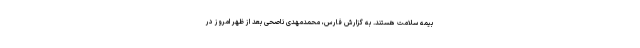
بیمه سلامت هستند. به گزارش فارس، محمدمهدی ناصحی بعد از ظهر امروز در